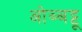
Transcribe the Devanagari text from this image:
ओब्बट्टू